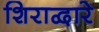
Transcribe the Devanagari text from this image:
शिराद्वारे